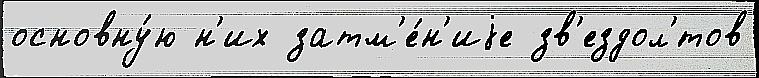
основну́ю н'их затм'е́н'иjе зв'ездол'́тов